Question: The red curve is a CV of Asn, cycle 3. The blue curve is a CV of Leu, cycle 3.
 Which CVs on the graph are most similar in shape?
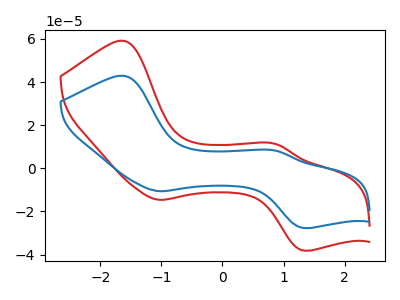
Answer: <think>The red curve "Asn, cycle 3" has anodic peaks at (-1.60V, 59.15uA) (0.85V, 11.30uA) and cathodic peaks at (-1.05V, -14.60uA) (1.35V, -38.15uA). The blue curve "Leu, cycle 3" has anodic peaks at (-1.60V, 42.90uA) (0.85V, 8.20uA) and cathodic peaks at (-1.05V, -10.60uA) (1.35V, -27.70uA).
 All the peaks in "Asn, cycle 3" have a peak in "Leu, cycle 3" at the same potential. Every peak in "Asn, cycle 3" is higher than every peak in "Leu, cycle 3".</think>
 <answer>"Leu, cycle 3" and "Asn, cycle 3" have the same shape and are likely CV's of the same chemical.</answer>
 <eval>"Leu, cycle 3" "Asn, cycle 3"</eval>